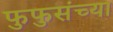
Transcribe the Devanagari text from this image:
फुफुसंच्या